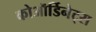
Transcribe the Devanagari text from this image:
कोऑर्डिनेट्स